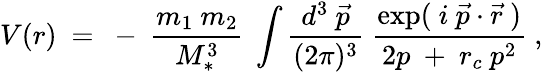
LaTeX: V(r)~=~-~{\frac{m_{1}~m_{2}}{M_{*}^{3}}}~\int{\frac{d^{3}~\vec{p}}{(2\pi)^{3}}}~{\frac{\exp(~i~\vec{p}\cdot\vec{r}~)}{2p~+~r_{c}~{p}^{2}}}~,